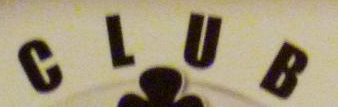
CLUB